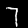
Digit: 7